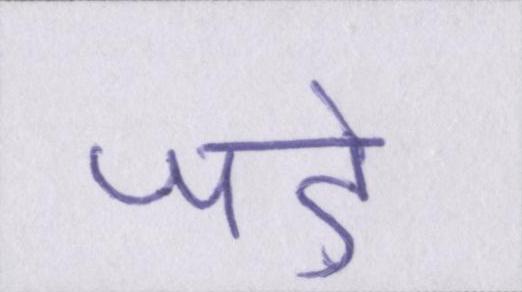
जड़ें